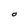
Character: O